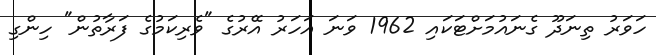
ހަވަރު ތިނަދޫ ގެނައުމަށްޓަކައި 1962 ވަނަ އަހަރު އޭރުގެ "ވެރިކަމުގެ ފަރާތުން" ހިންގި